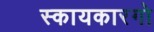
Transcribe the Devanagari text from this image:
स्कायकारगो